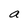
Character: a